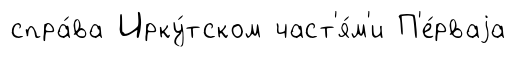
спра́ва Ирку́тском част'я́м'и П'е́рваjа